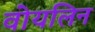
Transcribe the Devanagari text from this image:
वोयलिन